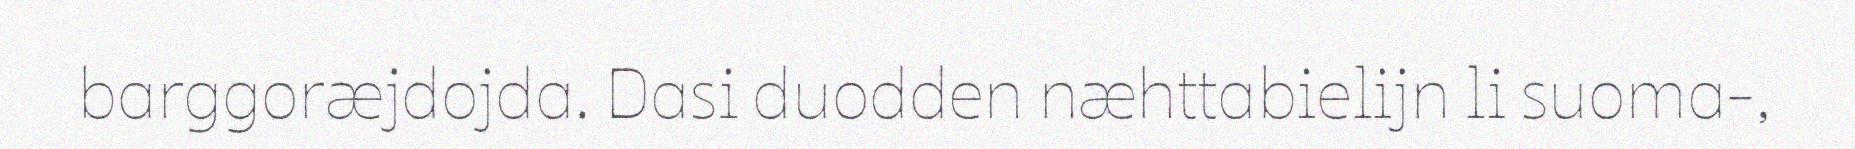
barggoræjdojda. Dasi duodden næhttabielijn li suoma-,